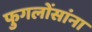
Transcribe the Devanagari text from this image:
फुगलोंसांना